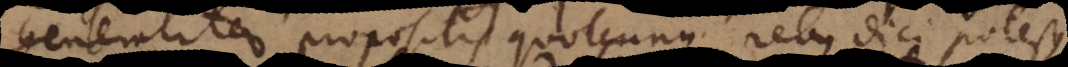
generaliter propositis quotcunque rebus dici potest